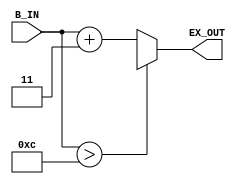
`timescale 1ns / 1ps
//////////////////////////////////////////////////////////////////////////////////

// ID     : N180116
//Branch  : ECE
//Project Name : RTL design using Verilog
//Design  Nmae : 4 BIT BINARY TO EXCESS3 CODE CONVERTOR
//Module  Nmae : BINARY TO EXCESS3 CODE CONVERTER MAIN DESIGN MODULE
//RGUKT NUZVID 
//////////////////////////////////////////////////////////////////////////////////

module Binary_to_Excess3(B_IN,EX_OUT);
input [3:0]B_IN;
output [3:0]EX_OUT;
reg [3:0]EX_OUT;

always @(B_IN) begin
    if(B_IN>12) begin
        EX_OUT = 4'bxxxx;
        end
     else begin
        EX_OUT = B_IN+3;
        end
end
endmodule